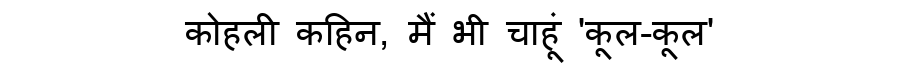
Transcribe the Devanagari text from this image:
कोहली कहिन, मैं भी चाहूं 'कूल-कूल'